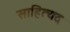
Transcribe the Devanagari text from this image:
साहित्यद